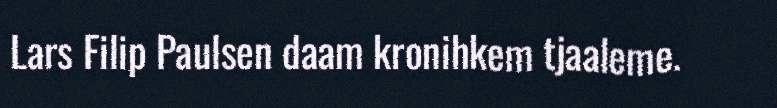
Lars Filip Paulsen daam kronihkem tjaaleme.